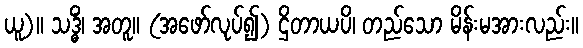
ယူ)။ သဒ္ဓိံ၊ အတူ။ (အဖော်လုပ်၍) ဌိတာယပိ၊ တည်သော မိန်းမအားလည်း။